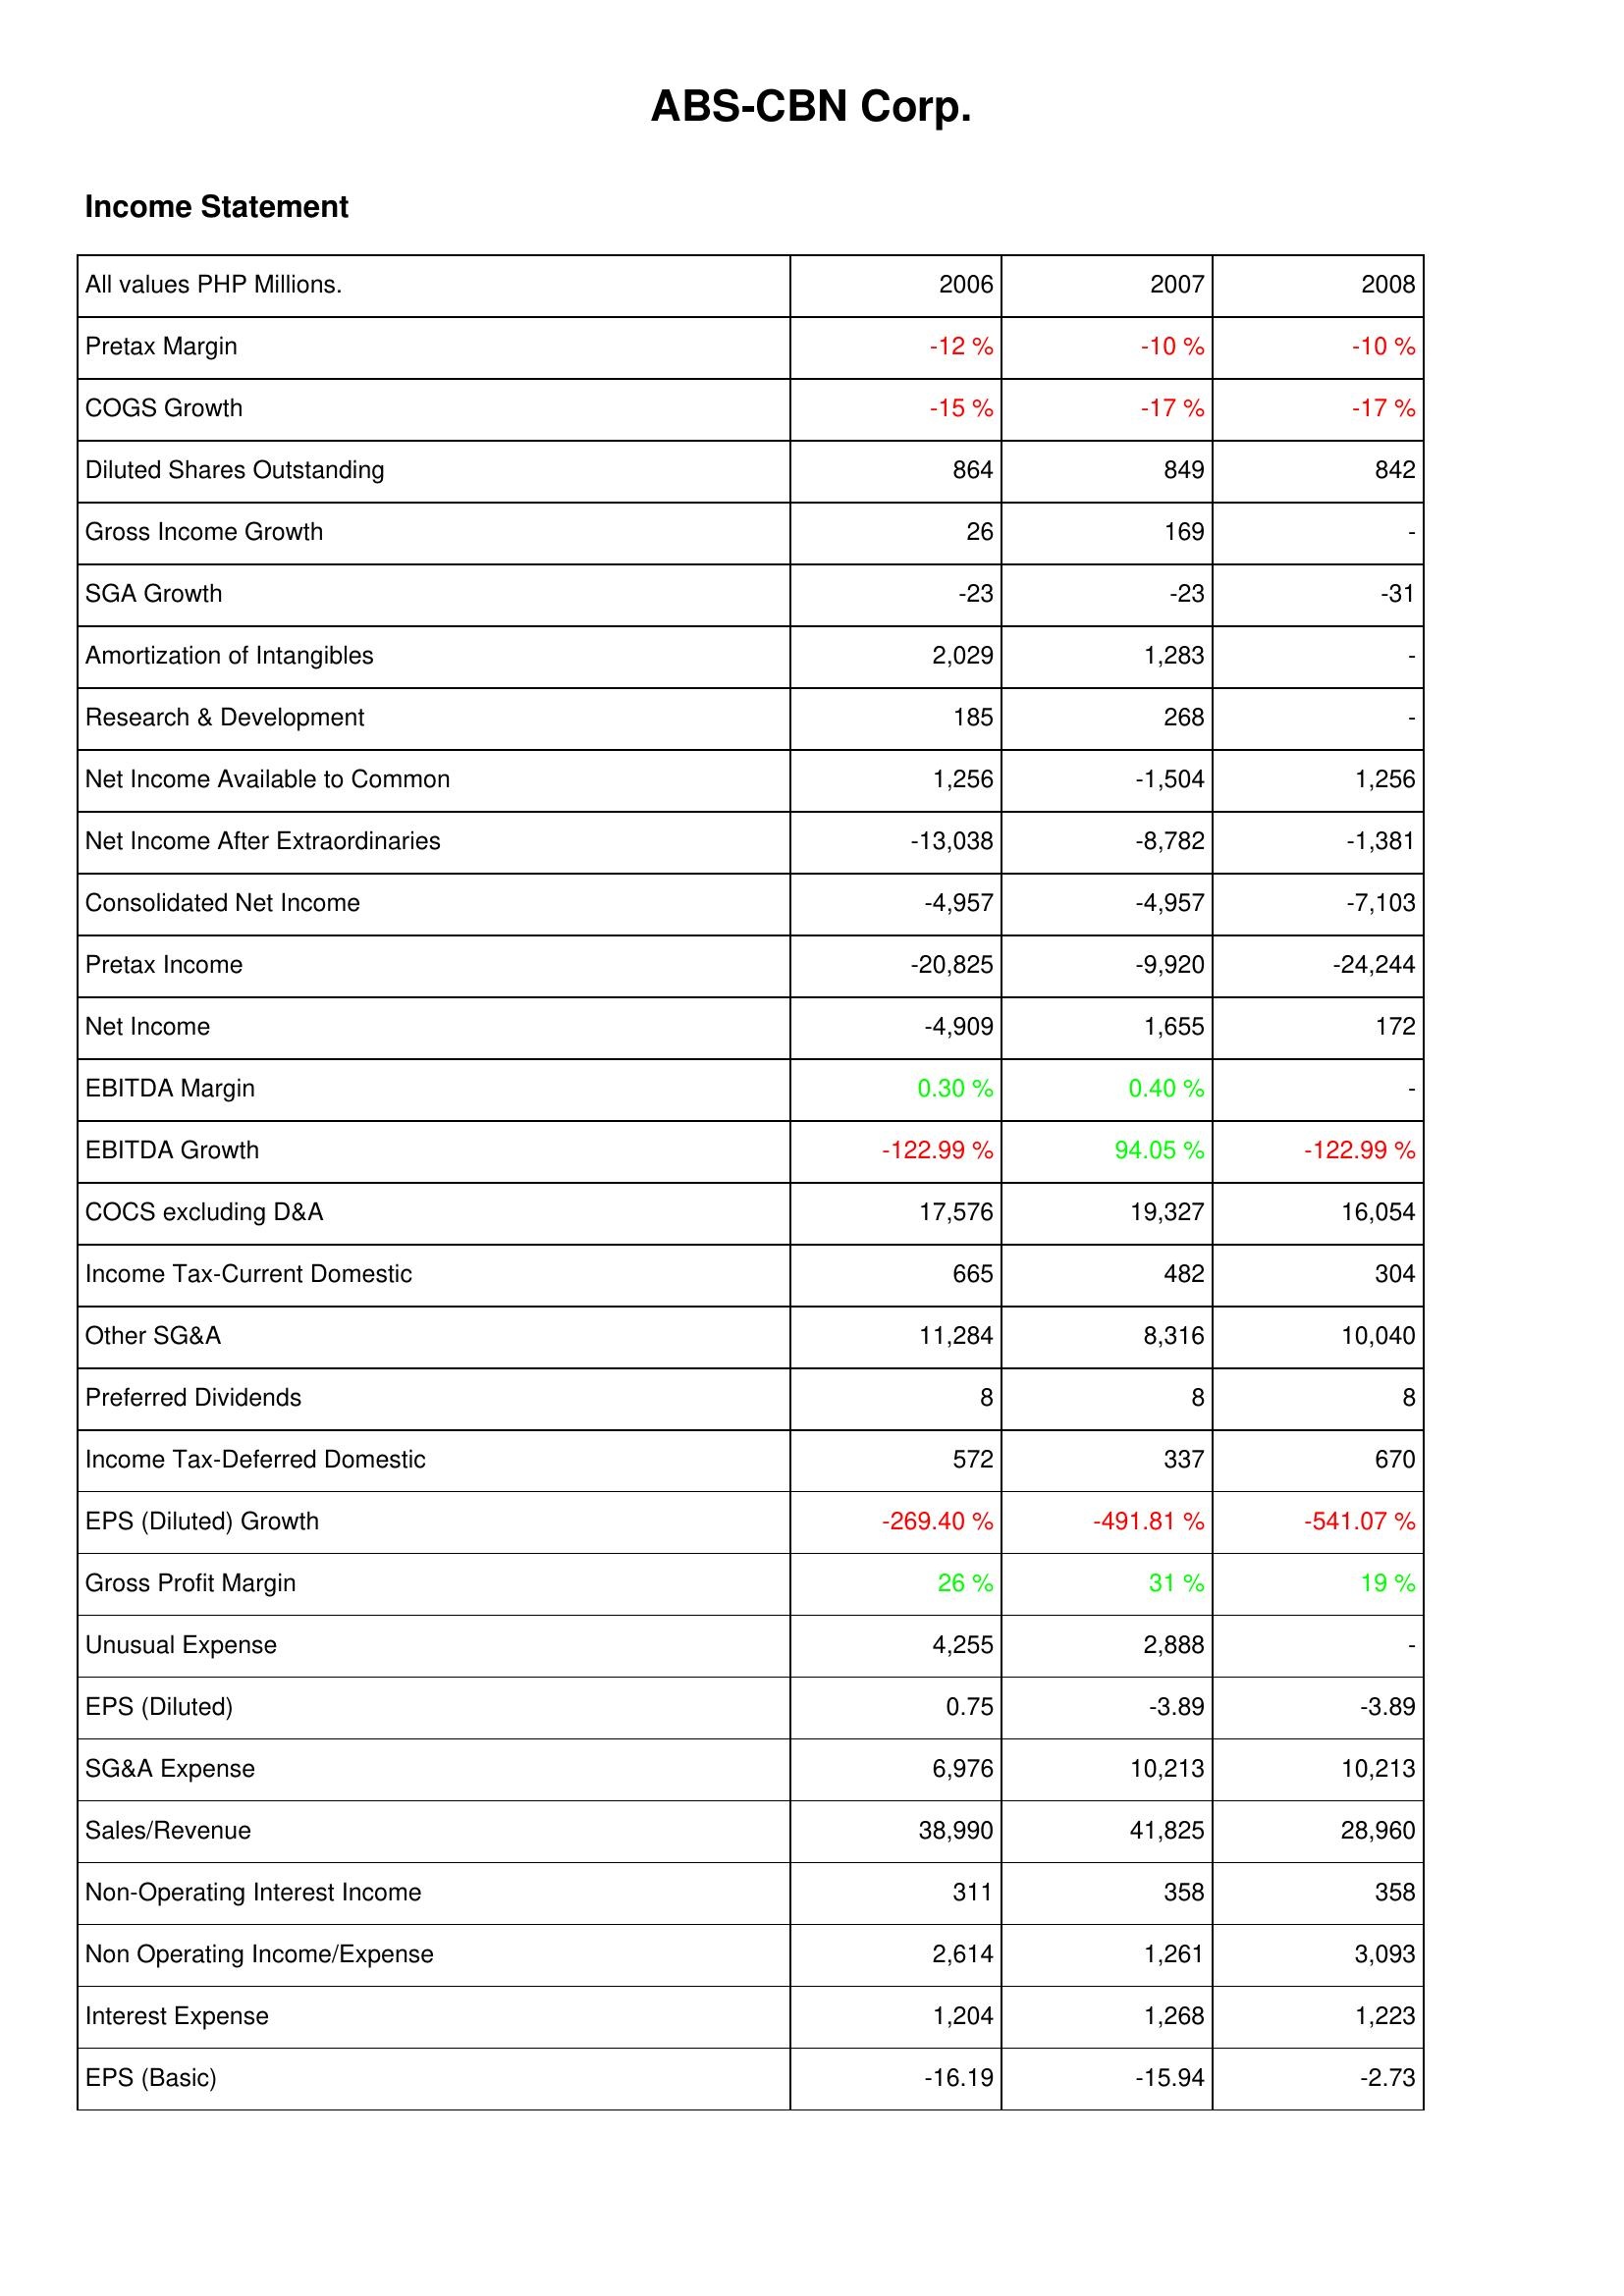
2006: Income Statement: Pretax Margin: -12 %
COGS Growth: -15 %
Diluted Shares Outstanding: 864
Gross Income Growth: 26
SGA Growth: -23
Amortization of Intangibles: 2,029
Research & Development: 185
Net Income Available to Common: 1,256
Net Income After Extraordinaries: -13,038
Consolidated Net Income: -4,957
Pretax Income: -20,825
Net Income: -4,909
EBITDA Margin: 0.30 %
EBITDA Growth: -122.99 %
COCS excluding D&A: 17,576
Income Tax-Current Domestic: 665
Other SG&A: 11,284
Preferred Dividends: 8
Income Tax-Deferred Domestic: 572
EPS (Diluted) Growth: -269.40 %
Gross Profit Margin: 26 %
Unusual Expense: 4,255
EPS (Diluted): 0.75
SG&A Expense: 6,976
Sales/Revenue: 38,990
Non-Operating Interest Income: 311
Non Operating Income/Expense: 2,614
Interest Expense: 1,204
EPS (Basic): -16.19
2007: Income Statement: Pretax Margin: -10 %
COGS Growth: -17 %
Diluted Shares Outstanding: 849
Gross Income Growth: 169
SGA Growth: -23
Amortization of Intangibles: 1,283
Research & Development: 268
Net Income Available to Common: -1,504
Net Income After Extraordinaries: -8,782
Consolidated Net Income: -4,957
Pretax Income: -9,920
Net Income: 1,655
EBITDA Margin: 0.40 %
EBITDA Growth: 94.05 %
COCS excluding D&A: 19,327
Income Tax-Current Domestic: 482
Other SG&A: 8,316
Preferred Dividends: 8
Income Tax-Deferred Domestic: 337
EPS (Diluted) Growth: -491.81 %
Gross Profit Margin: 31 %
Unusual Expense: 2,888
EPS (Diluted): -3.89
SG&A Expense: 10,213
Sales/Revenue: 41,825
Non-Operating Interest Income: 358
Non Operating Income/Expense: 1,261
Interest Expense: 1,268
EPS (Basic): -15.94
2008: Income Statement: Pretax Margin: -10 %
COGS Growth: -17 %
Diluted Shares Outstanding: 842
Gross Income Growth: -
SGA Growth: -31
Amortization of Intangibles: -
Research & Development: -
Net Income Available to Common: 1,256
Net Income After Extraordinaries: -1,381
Consolidated Net Income: -7,103
Pretax Income: -24,244
Net Income: 172
EBITDA Margin: -
EBITDA Growth: -122.99 %
COCS excluding D&A: 16,054
Income Tax-Current Domestic: 304
Other SG&A: 10,040
Preferred Dividends: 8
Income Tax-Deferred Domestic: 670
EPS (Diluted) Growth: -541.07 %
Gross Profit Margin: 19 %
Unusual Expense: -
EPS (Diluted): -3.89
SG&A Expense: 10,213
Sales/Revenue: 28,960
Non-Operating Interest Income: 358
Non Operating Income/Expense: 3,093
Interest Expense: 1,223
EPS (Basic): -2.73